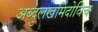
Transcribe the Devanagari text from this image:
अब्दुलखमिदोविच